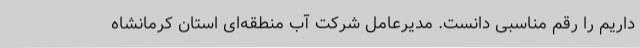
داریم را رقم مناسبی دانست. مدیرعامل شرکت آب منطقه‌ای استان کرمانشاه